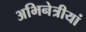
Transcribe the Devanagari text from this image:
अभिनेत्रीयां